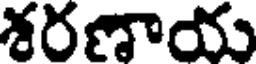
శరణాయ